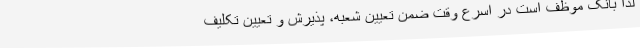
لذا بانک موظف است در اسرع وقت ضمن تعیین شعبه، پذیرش و تعیین تکلیف